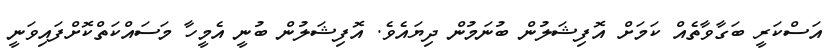
އަސްކަރީ ބަގާވާތެއް ކަމަށް އޮފިޝަލުން ބުނަމުން ދިޔައެވެ. އޮފިޝަލުން ބުނީ އެމީހާ މަސައްކަތްކޮށްފައިވަނީ